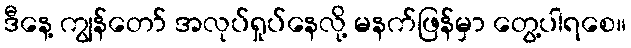
ဒီနေ့ ကျွန်တော် အလုပ်ရှုပ်နေလို့ မနက်ဖြန်မှာ တွေ့ပါရစေ။